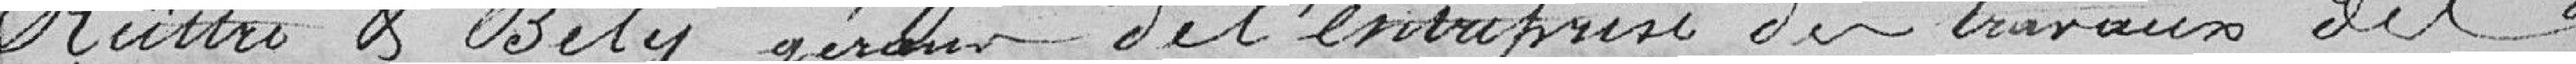
Rüttry & Bely, gérants de l'entreprise des travaux des